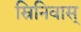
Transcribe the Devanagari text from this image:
स्रिनिवास्